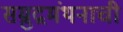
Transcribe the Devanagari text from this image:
सम्रुद्रमंथनाची